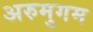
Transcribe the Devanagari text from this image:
अरुमुगम